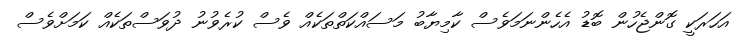
އަހަރަކީ ގޮންޖެހުން ބޮޑު އެހެންނަމަވެސް ކާމިޔާބު މަސައްކަތްތަކެއް ވެސް ކުރެވުނު ދުވަސްތަކެއް ކަމަށްވެސް